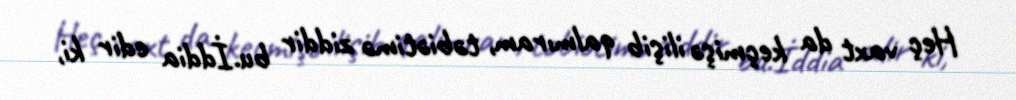
Heç vaxt da keçmişə ilişib qalmıram, təbiətimə ziddir bu.İddia edir ki,